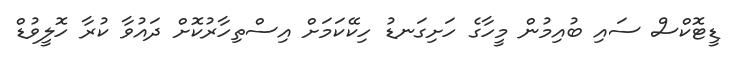
ޑީޓޮކްސް ސައި ބުއިމުން މީހާގެ ހަށިގަނޑު ހިކޭކަމަށް އިސްތިހާރުކޮށް ދައުވާ ކުރާ ހޮލީވުޑް